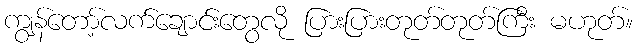
ကျွန်တော့်လက်ချောင်းတွေလို ပြားပြားတုတ်တုတ်ကြီး မဟုတ်။